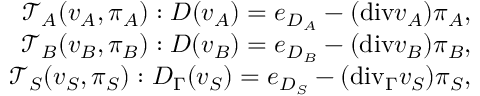
\begin{array} { r } { \mathcal { T } _ { A } ( v _ { A } , \pi _ { A } ) : D ( v _ { A } ) = e _ { D _ { A } } - ( \mathrm { { d i v } } v _ { A } ) \pi _ { A } , } \\ { \mathcal { T } _ { B } ( v _ { B } , \pi _ { B } ) : D ( v _ { B } ) = e _ { D _ { B } } - ( { \mathrm { d i v } } v _ { B } ) \pi _ { B } , } \\ { \mathcal { T } _ { S } ( v _ { S } , \pi _ { S } ) : D _ { \Gamma } ( v _ { S } ) = e _ { D _ { S } } - ( \mathrm { { d i v } } _ { \Gamma } v _ { S } ) \pi _ { S } , } \end{array}